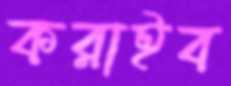
করাইব